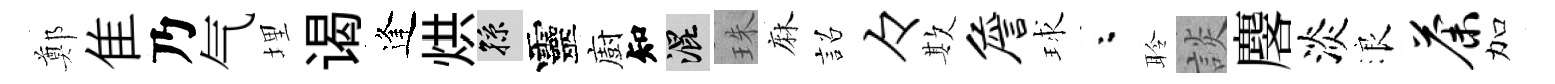
鄭隹乃气埋谒逢烘孫靈廚知混珠麻詔々欺詹球粉聆談麐淡浪荼加